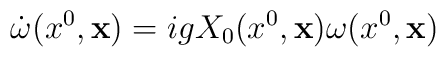
\dot{\omega}(x^{0}, {\bf x}) = igX_{0}(x^{0}, {\bf x})\omega (x^{0}, {\bf x})